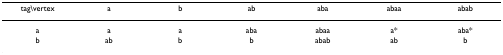
<table><thead><tr><td><b>tag\vertex</b></td><td><b>a</b></td><td><b>b</b></td><td><b>ab</b></td><td><b>aba</b></td><td><b>abaa</b></td><td><b>abab</b></td></tr></thead><tbody><tr><td>a</td><td>a</td><td>a</td><td>aba</td><td>abaa</td><td>a*</td><td>aba*</td></tr><tr><td>b</td><td>ab</td><td>b</td><td>b</td><td>abab</td><td>ab</td><td>b</td></tr></tbody></table>